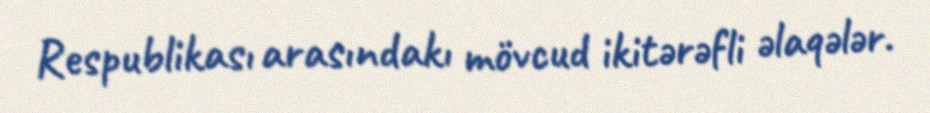
Respublikası arasındakı mövcud ikitərəfli əlaqələr.